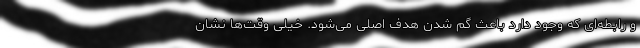
و رابطه‌ای که وجود دارد باعث گم شدن هدف اصلی می‌شود. خیلی وقت‌ها نشان